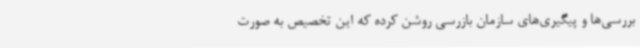
بررسی‌ها و پیگیری‌های سازمان بازرسی روشن کرده که این تخصیص به صورت